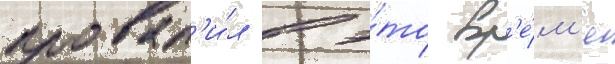
провал'и́л в э́то вр'е́м'я